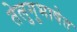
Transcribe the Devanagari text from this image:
तेलुगुभाषेत